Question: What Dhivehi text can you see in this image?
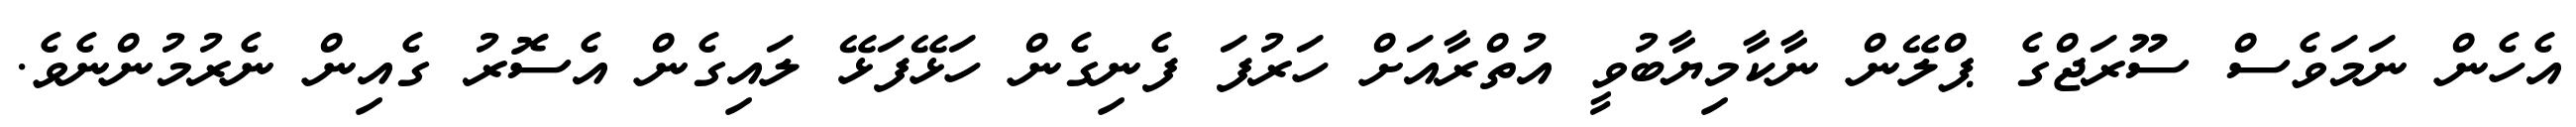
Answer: އެހެން ނަމަވެސް ސޫރަޖްގެ ޕްލޭން ނާކާމިޔާބުވީ އުތްރާއަށް ހަރުފަ ފެނިގެން ހަޅޭފަޅޭ ލައިގެން އެސޮރު ގެއިން ނެރުމުންނެވެ.